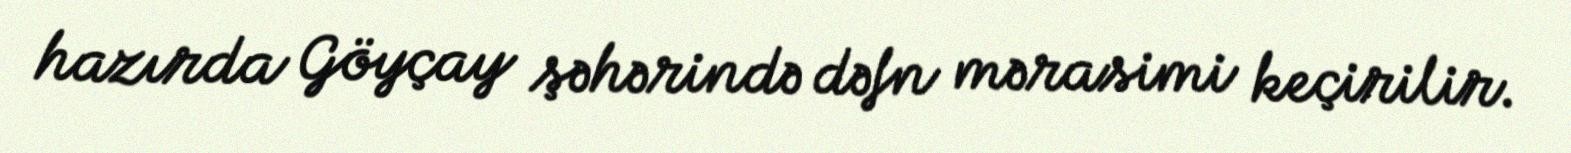
hazırda Göyçay şəhərində dəfn mərasimi keçirilir.